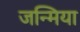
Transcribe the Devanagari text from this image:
जन्मिया